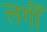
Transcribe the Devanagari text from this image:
लगीँ